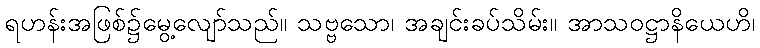
ရဟန်းအဖြစ်၌မွေ့လျော်သည်။ သဗ္ဗသော၊ အချင်းခပ်သိမ်း။ အာသဝဋ္ဌာနိယေဟိ၊